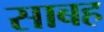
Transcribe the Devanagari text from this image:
साबह